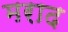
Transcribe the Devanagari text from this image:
मराद